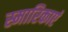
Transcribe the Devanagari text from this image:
स्मारिकाएं